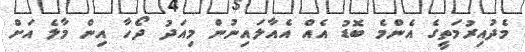
މެދުއިރުމަތީގެ އެންމެ ބޮޑު އެއް އެއާލައިނުން މިއަދު ދޯހާ އިން މާލެ އަށް